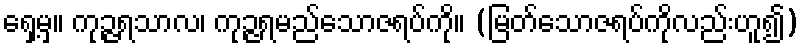
ရှေ့မှ။ ကုဉ္ဇရသာလ၊ ကုဉ္ဇရမည်သောဇရပ်ကို။ (မြတ်သောဇရပ်ကိုလည်းဟူ၍)